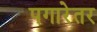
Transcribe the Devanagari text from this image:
पगारेतर